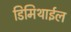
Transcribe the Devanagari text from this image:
डिमिथाईल